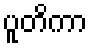
ပူတိကာ